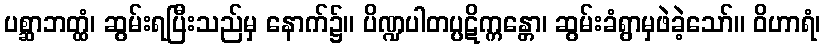
ပစ္ဆာဘတ္ထံ၊ ဆွမ်းရပြီးသည်မှ နောက်၌။ ပိဏ္ဍပါတပ္ပဋိက္ကန္တော၊ ဆွမ်းခံရွာမှဖဲခဲ့သော်။ ဝိဟာရံ၊